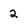
Character: 2